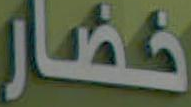
خضار